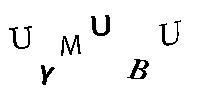
UYMUBU